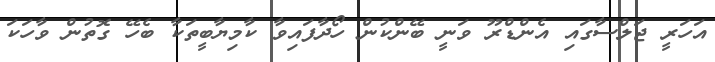
އަހަރީ ޖަލްސާގައި އެންޑްރޫ ވަނީ ބޭންކުން ހޯދާފައިވާ ކާމިޔާބީތަކާ ބެހޭ ގޮތުން ވާހަކަ